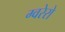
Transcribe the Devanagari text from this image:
ग्वरेरो